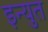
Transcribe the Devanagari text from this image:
इन्युत